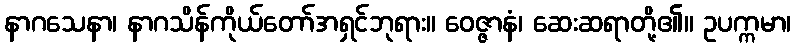
နာဂသေနာ၊ နာဂသိန်ကိုယ်တော်အရှင်ဘုရား။ ဝေဇ္ဇာနံ၊ ဆေးဆရာတို့၏။ ဥပက္ကမာ၊